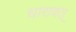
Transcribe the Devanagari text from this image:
धारावत्‌